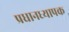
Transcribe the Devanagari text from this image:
प्रधानध्यापक